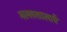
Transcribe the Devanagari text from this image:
मल्लशालाएँ